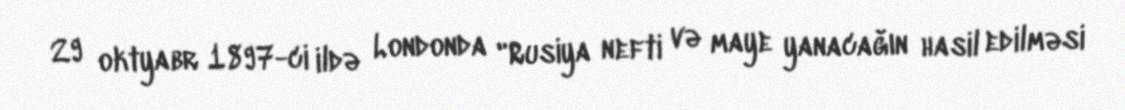
29 oktyabr 1897-ci ildə Londonda "Rusiya nefti və maye yanacağın hasil edilməsi